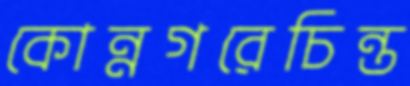
কোন্নগরেচিন্ত